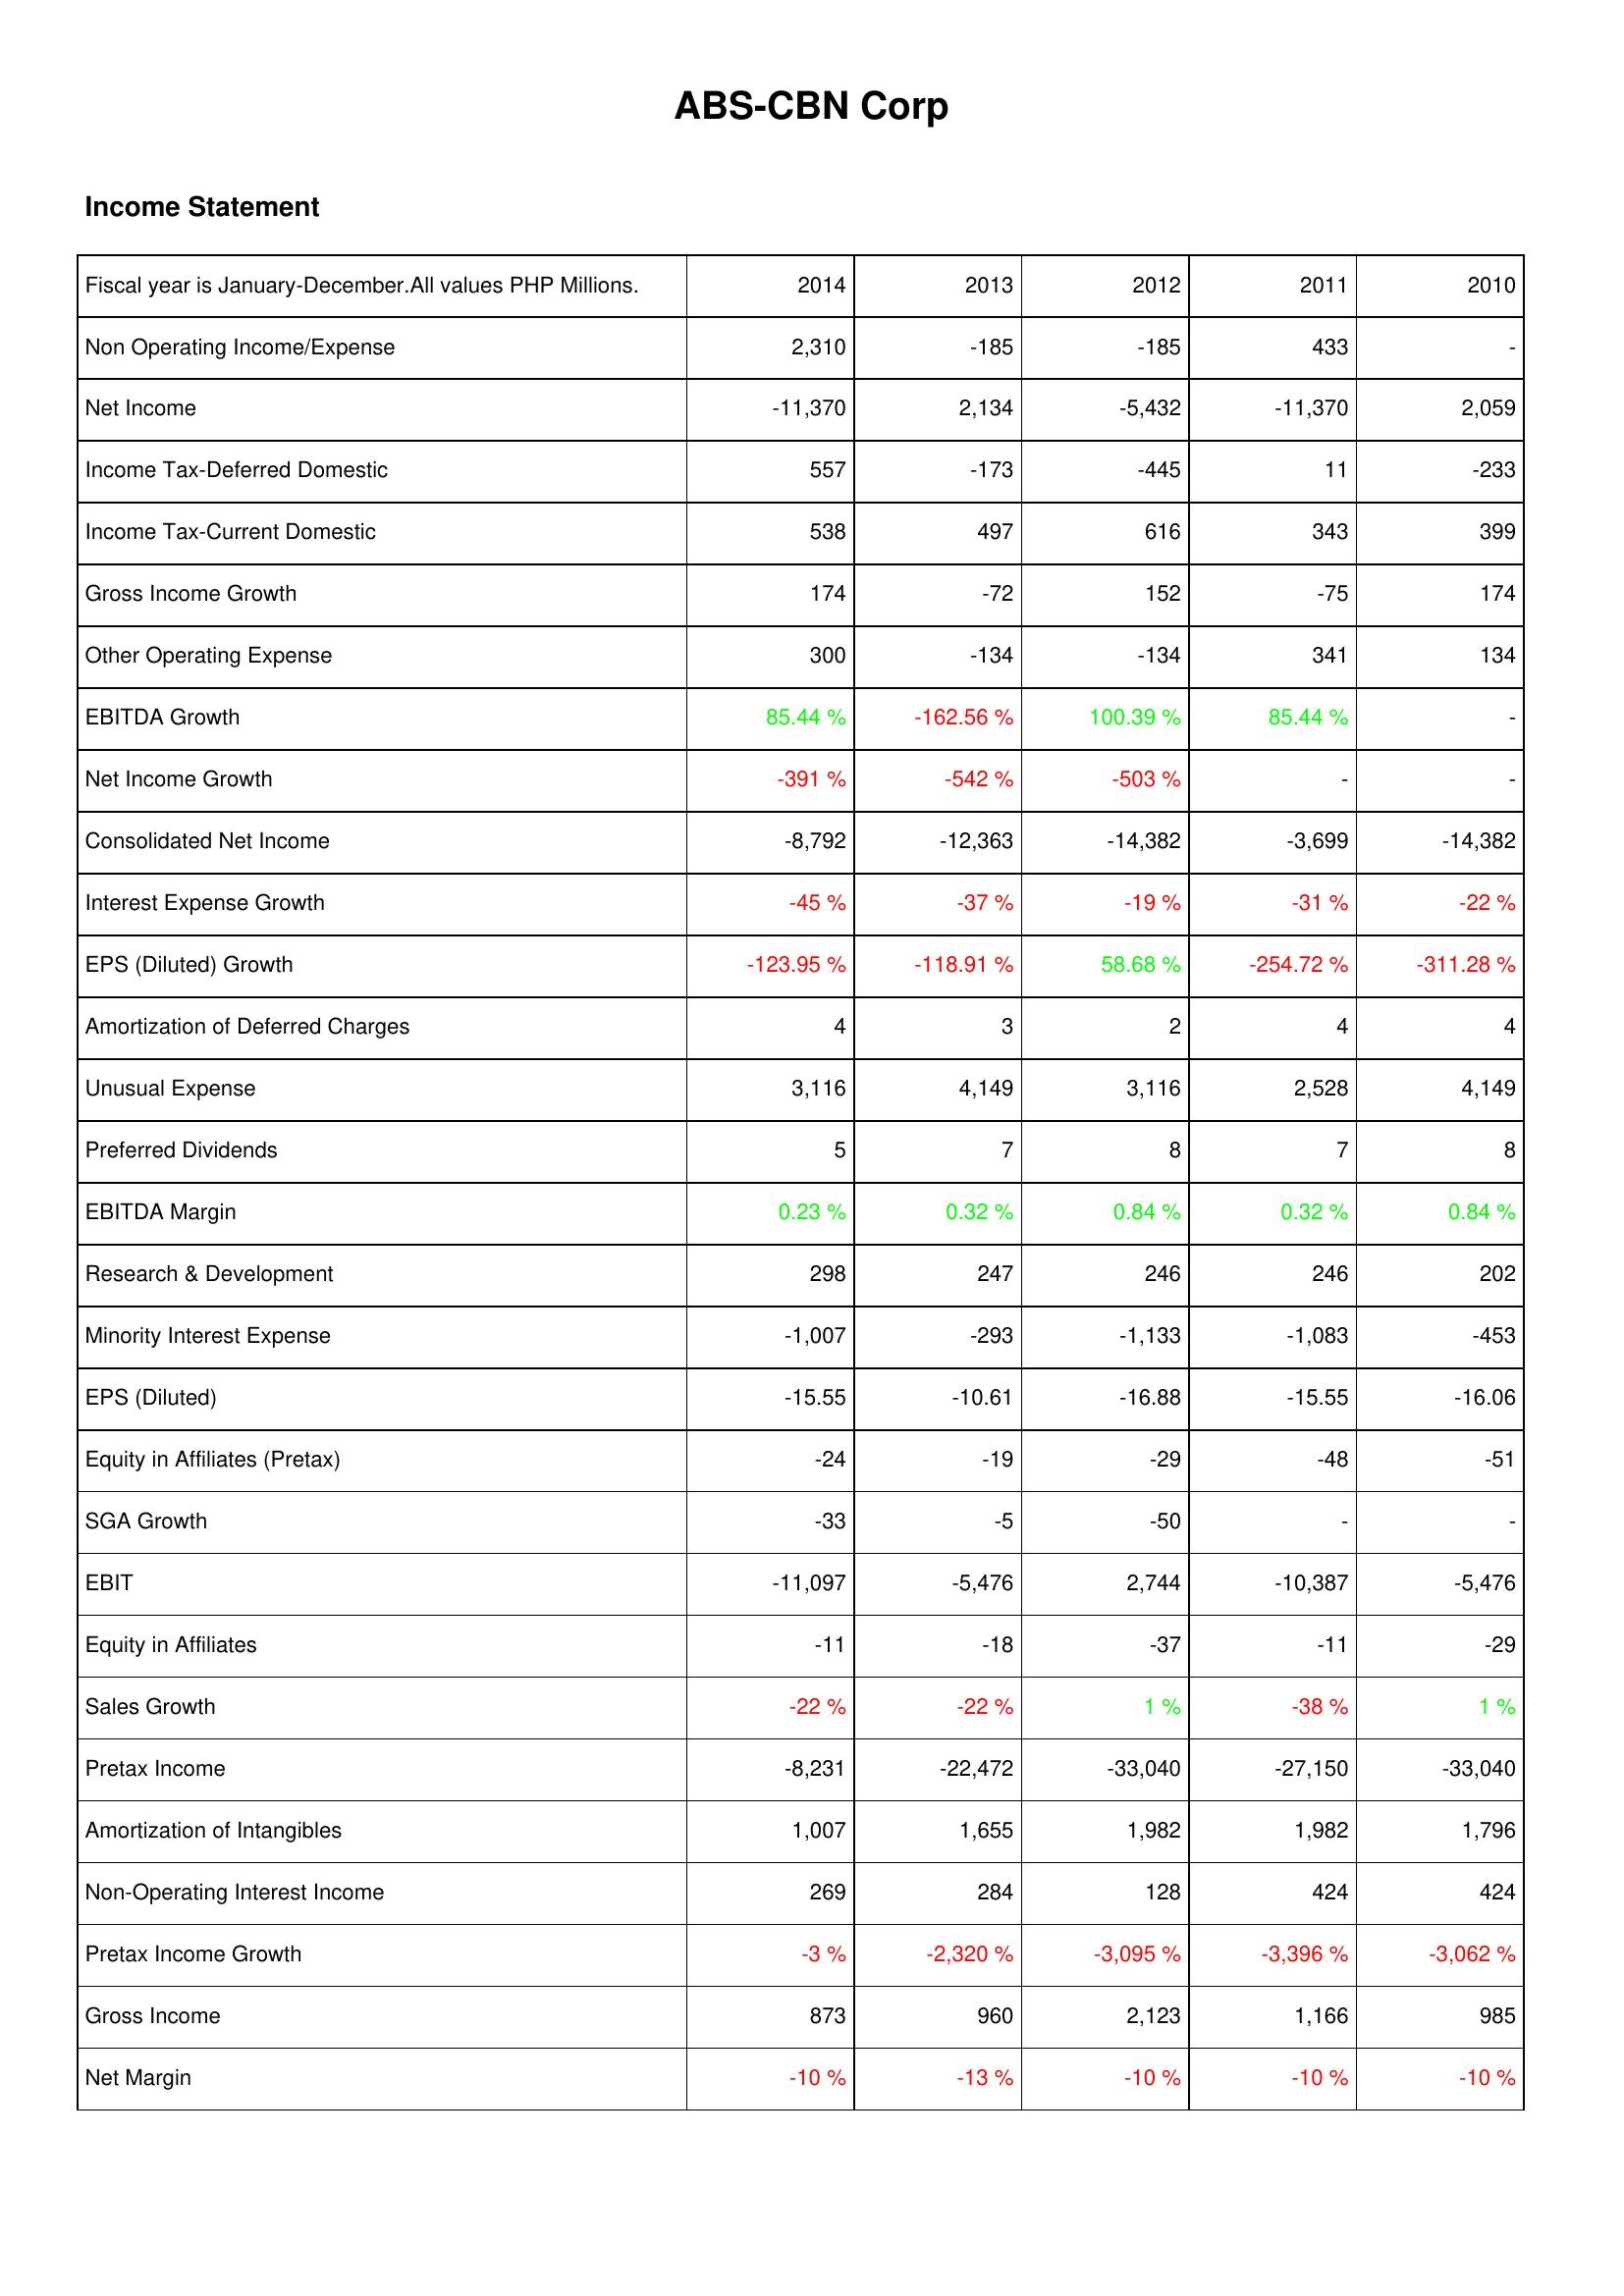
2014: Income Statement: Non Operating Income/Expense: 2,310
Net Income: -11,370
Income Tax-Deferred Domestic: 557
Income Tax-Current Domestic: 538
Gross Income Growth: 174
Other Operating Expense: 300
EBITDA Growth: 85.44 %
Net Income Growth: -391 %
Consolidated Net Income: -8,792
Interest Expense Growth: -45 %
EPS (Diluted) Growth: -123.95 %
Amortization of Deferred Charges: 4
Unusual Expense: 3,116
Preferred Dividends: 5
EBITDA Margin: 0.23 %
Research & Development: 298
Minority Interest Expense: -1,007
EPS (Diluted): -15.55
Equity in Affiliates (Pretax): -24
SGA Growth: -33
EBIT: -11,097
Equity in Affiliates: -11
Sales Growth: -22 %
Pretax Income: -8,231
Amortization of Intangibles: 1,007
Non-Operating Interest Income: 269
Pretax Income Growth: -3 %
Gross Income: 873
Net Margin: -10 %
2013: Income Statement: Non Operating Income/Expense: -185
Net Income: 2,134
Income Tax-Deferred Domestic: -173
Income Tax-Current Domestic: 497
Gross Income Growth: -72
Other Operating Expense: -134
EBITDA Growth: -162.56 %
Net Income Growth: -542 %
Consolidated Net Income: -12,363
Interest Expense Growth: -37 %
EPS (Diluted) Growth: -118.91 %
Amortization of Deferred Charges: 3
Unusual Expense: 4,149
Preferred Dividends: 7
EBITDA Margin: 0.32 %
Research & Development: 247
Minority Interest Expense: -293
EPS (Diluted): -10.61
Equity in Affiliates (Pretax): -19
SGA Growth: -5
EBIT: -5,476
Equity in Affiliates: -18
Sales Growth: -22 %
Pretax Income: -22,472
Amortization of Intangibles: 1,655
Non-Operating Interest Income: 284
Pretax Income Growth: -2,320 %
Gross Income: 960
Net Margin: -13 %
2012: Income Statement: Non Operating Income/Expense: -185
Net Income: -5,432
Income Tax-Deferred Domestic: -445
Income Tax-Current Domestic: 616
Gross Income Growth: 152
Other Operating Expense: -134
EBITDA Growth: 100.39 %
Net Income Growth: -503 %
Consolidated Net Income: -14,382
Interest Expense Growth: -19 %
EPS (Diluted) Growth: 58.68 %
Amortization of Deferred Charges: 2
Unusual Expense: 3,116
Preferred Dividends: 8
EBITDA Margin: 0.84 %
Research & Development: 246
Minority Interest Expense: -1,133
EPS (Diluted): -16.88
Equity in Affiliates (Pretax): -29
SGA Growth: -50
EBIT: 2,744
Equity in Affiliates: -37
Sales Growth: 1 %
Pretax Income: -33,040
Amortization of Intangibles: 1,982
Non-Operating Interest Income: 128
Pretax Income Growth: -3,095 %
Gross Income: 2,123
Net Margin: -10 %
2011: Income Statement: Non Operating Income/Expense: 433
Net Income: -11,370
Income Tax-Deferred Domestic: 11
Income Tax-Current Domestic: 343
Gross Income Growth: -75
Other Operating Expense: 341
EBITDA Growth: 85.44 %
Net Income Growth: -
Consolidated Net Income: -3,699
Interest Expense Growth: -31 %
EPS (Diluted) Growth: -254.72 %
Amortization of Deferred Charges: 4
Unusual Expense: 2,528
Preferred Dividends: 7
EBITDA Margin: 0.32 %
Research & Development: 246
Minority Interest Expense: -1,083
EPS (Diluted): -15.55
Equity in Affiliates (Pretax): -48
SGA Growth: -
EBIT: -10,387
Equity in Affiliates: -11
Sales Growth: -38 %
Pretax Income: -27,150
Amortization of Intangibles: 1,982
Non-Operating Interest Income: 424
Pretax Income Growth: -3,396 %
Gross Income: 1,166
Net Margin: -10 %
2010: Income Statement: Non Operating Income/Expense: -
Net Income: 2,059
Income Tax-Deferred Domestic: -233
Income Tax-Current Domestic: 399
Gross Income Growth: 174
Other Operating Expense: 134
EBITDA Growth: -
Net Income Growth: -
Consolidated Net Income: -14,382
Interest Expense Growth: -22 %
EPS (Diluted) Growth: -311.28 %
Amortization of Deferred Charges: 4
Unusual Expense: 4,149
Preferred Dividends: 8
EBITDA Margin: 0.84 %
Research & Development: 202
Minority Interest Expense: -453
EPS (Diluted): -16.06
Equity in Affiliates (Pretax): -51
SGA Growth: -
EBIT: -5,476
Equity in Affiliates: -29
Sales Growth: 1 %
Pretax Income: -33,040
Amortization of Intangibles: 1,796
Non-Operating Interest Income: 424
Pretax Income Growth: -3,062 %
Gross Income: 985
Net Margin: -10 %